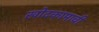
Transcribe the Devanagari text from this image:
खोदकामाची